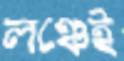
লঞ্চেই